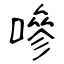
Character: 嘇